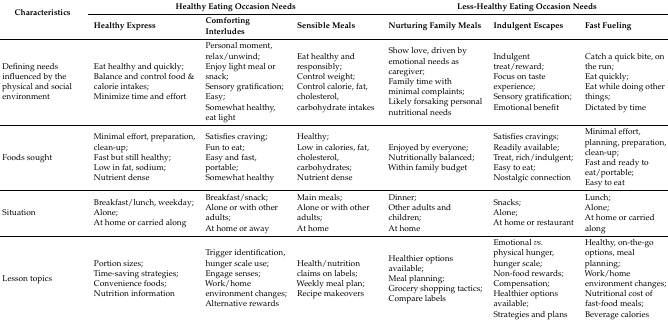
| <ROWSPAN=2> Characteristics | <COLSPAN=3> Healthy Eating Occasion Needs | <COLSPAN=3> Less-Healthy Eating Occasion Needs |
 | Healthy Express | Comforting Interludes | Sensible Meals | Nurturing Family Meals | Indulgent Escapes | Fast Fueling |
 | --- | --- | --- | --- | --- | --- | --- |
 | Defining needs influenced by the physical and social environment | Eat healthy and quickly; Balance and control food & calorie intakes; Minimize time and effort | Personal moment, relax/unwind; Enjoy light meal or snack; Sensory gratification; Easy; Somewhat healthy, eat light | Eat healthy and responsibly; Control weight; Control calorie, fat, cholesterol, carbohydrate intakes | Show love, driven by emotional needs as caregiver; Family time with minimal complaints; Likely forsaking personal nutritional needs | Indulgent treat/reward; Focus on taste experience; Sensory gratification; Emotional benefit | Catch a quick bite, on the run; Eat quickly; Eat while doing other things; Dictated by time |
 | Foods sought | Minimal effort, preparation, clean-up; Fast but still healthy; Low in fat, sodium; Nutrient dense | Satisfies craving; Fun to eat; Easy and fast, portable; Somewhat healthy | Healthy; Low in calories, fat, cholesterol, carbohydrates; Nutrient dense | Enjoyed by everyone; Nutritionally balanced; Within family budget | Satisfies cravings; Readily available; Treat, rich/indulgent; Easy to eat; Nostalgic connection | Minimal effort, planning, preparation, clean-up; Fast and ready to eat/portable; Easy to eat |
 | Situation | Breakfast/lunch, weekday; Alone; At home or carried along | Breakfast/snack; Alone or with other adults; At home or away | Main meals; Alone or with other adults; At home | Dinner; Other adults and children; At home | Snacks; Alone; At home or restaurant | Lunch; Alone; At home or carried along |
 | Lesson topics | Portion sizes; Time-saving strategies; Convenience foods; Nutrition information | Trigger identification, hunger scale use; Engage senses; Work/home environment changes; Alternative rewards | Health/nutrition claims on labels; Weekly meal plan; Recipe makeovers | Healthier options available; Meal planning; Grocery shopping tactics; Compare labels | Emotional vs. physical hunger, hunger scale; Non-food rewards; Compensation; Healthier options available; Strategies and plans | Healthy, on-the-go options, meal planning; Work/home environment changes; Nutritional cost of fast-food meals; Beverage calories |